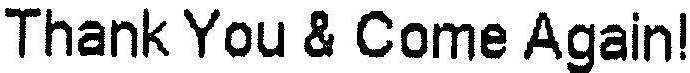
THANK YOU & COME AGAIN!